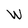
Character: W